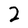
Character: 2